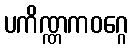
ပကိဏ္ဏကဝဂ္ဂေ